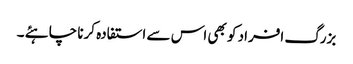
بزرگ افراد کو بھی اس سے استفادہ کرنا چاہئے ۔